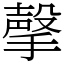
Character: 撀